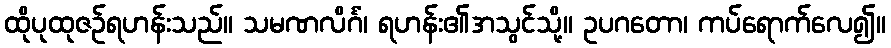
ထိုပုထုဇဉ်ရဟန်းသည်။ သမဏလိင်္ဂံ၊ ရဟန်း၏အသွင်သို့။ ဥပဂတော၊ ကပ်ရောက်လေ၍။